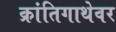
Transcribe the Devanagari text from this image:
क्रांतिगाथेवर